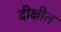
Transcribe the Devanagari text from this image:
दीक्षीत